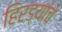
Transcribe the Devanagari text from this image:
हिरड्यांचे